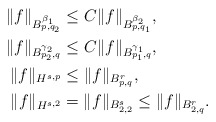
\begin{align*}\aligned \|f\|_{B^{\beta_1}_{p,q_2}}&\leq C\|f\|_{B^{\beta_2}_{p,q_1}},\\ \|f\|_{B^{\gamma_2}_{p_2,q}}&\leq C\|f\|_{B^{\gamma_1}_{p_1,q}},\\ \|f\|_{H^{s,p}}&\leq \|f\|_{B^r_{p,q}}, \\ \|f\|_{H^{s,2}}&=\|f\|_{B^s_{2,2}}\leq \|f\|_{B^{r}_{2,q}}.\endaligned\end{align*}